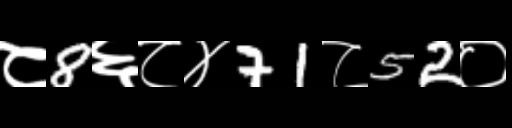
Text: ८8६८४71८52०